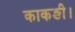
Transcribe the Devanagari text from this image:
काकङी।